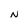
Character: N